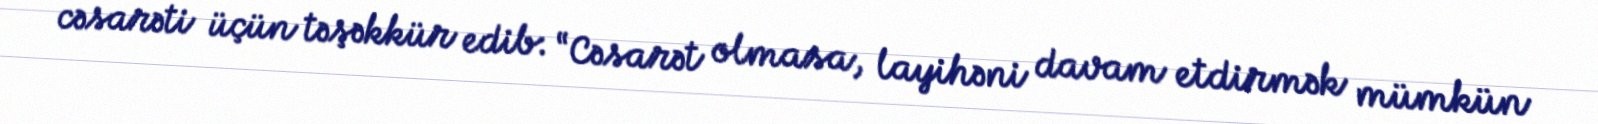
cəsarəti üçün təşəkkür edib: “Cəsarət olmasa, layihəni davam etdirmək mümkün